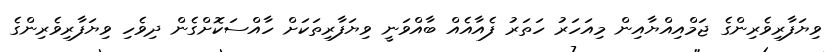
ވިޔަފާރިވެރިންގެ ޖަމްއިއްޔާއިން މިއަހަރު ހަތަރު ފެއާއެއް ބާއްވަނީ ވިޔަފާރިތަކަށް ހާއްސަކޮށްގެން ދިވެހި ވިޔަފާރިވެރިންގެ